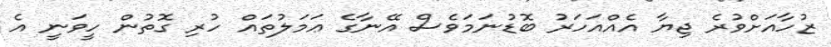
ޒުހާއަށްވުރެ ޖިޔާ އެއްއަހަރު ބޮޑުނަމަވެސް އޭނާގެ ޢަމަލުތައް ހުރި ގޮތުން ހީވަނީ އެ